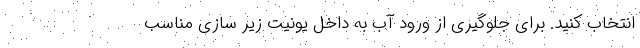
انتخاب کنید. برای جلوگیری از ورود آب به داخل یونیت زیر سازی مناسب